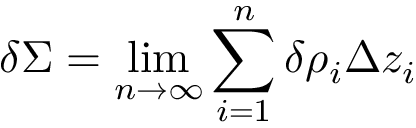
\delta \Sigma = \operatorname* { l i m } _ { n \to \infty } \sum _ { i = 1 } ^ { n } \delta \rho _ { i } \Delta z _ { i }